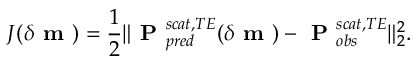
J ( \delta \textbf { m } ) = \frac { 1 } { 2 } \| \textbf { P } _ { p r e d } ^ { s c a t , T E } ( \delta \textbf { m } ) - \textbf { P } _ { o b s } ^ { s c a t , T E } \| _ { 2 } ^ { 2 } .